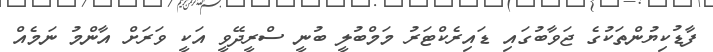
ފާޑުކިޔުންތަކުގެ ޖަވާބުގައި ޑައިރެކްޓަރު މަމްބުލީ ބުނީ ސްރީދޭވީ އަކީ ވަރަށް އާންމު ނަމެއް